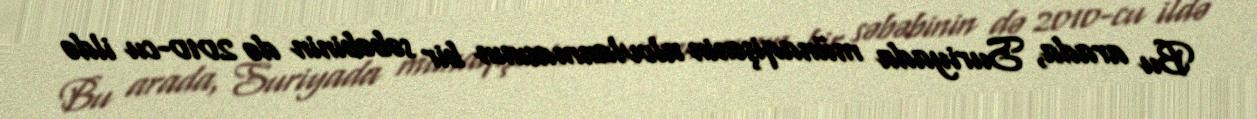
Bu arada, Suriyada münaqişənin alovlanmasının bir səbəbinin də 2010-cu ildə